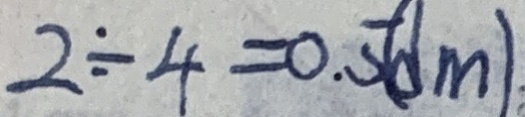
2 \div 4 = 0 . 5 ( d m )